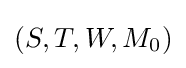
(S,T,W,M_{0})